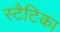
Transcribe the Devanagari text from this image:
स्टैटिका